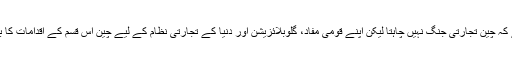
چینی حکام کا کہنا ہے کہ چین تجارتی جنگ نہیں چاہتا لیکن اپنے قومی مفاد، گلوبلائزیشن اور دنیا کے تجارتی نظام کے لیے چین اس قسم کے اقدامات کا بھرپور مقابلہ کرے گا۔